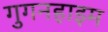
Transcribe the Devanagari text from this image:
गुगनहाइम